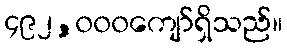
၄၉၂,၀၀၀ကျော်ရှိသည်။